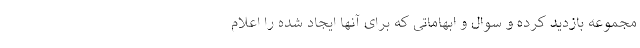
مجموعه بازدید کرده و سوال و ابهاماتی که برای آنها ایجاد شده را اعلام